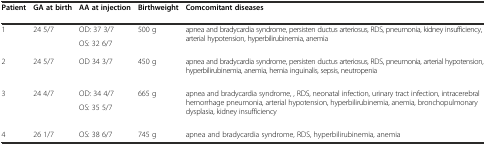
<table><thead><tr><td><b>Patient</b></td><td><b>GA at birth</b></td><td><b>AA at injection</b></td><td><b>Birthweight</b></td><td><b>Comcomitant diseases</b></td></tr></thead><tbody><tr><td rowspan="2">1</td><td rowspan="2">24 5/7</td><td>OD: 37 3/7</td><td rowspan="2">500 g</td><td rowspan="2">apnea and bradycardia syndrome, persisten ductus arteriosus, RDS, pneumonia, kidney insufficiency, arterial hypotension, hyperbilirubinemia, anemia</td></tr><tr><td>OS: 32 6/7</td></tr><tr><td>2</td><td>24 5/7</td><td>OD 34 3/7</td><td>450 g</td><td>apnea and bradycardia syndrome, persisten ductus arteriosus, RDS, pneumonia, arterial hypotension, hyperbilirubinemia, anemia, hernia inguinalis, sepsis, neutropenia</td></tr><tr><td rowspan="2">3</td><td rowspan="2">24 4/7</td><td>OD: 34 4/7</td><td rowspan="2">665 g</td><td rowspan="2">apnea and bradycardia syndrome, , RDS, neonatal infection, urinary tract infection, intracerebral hemorrhage pneumonia, arterial hypotension, hyperbilirubinemia, anemia, bronchopulmonary dysplasia, kidney insufficiency</td></tr><tr><td>OS: 35 5/7</td></tr><tr><td>4</td><td>26 1/7</td><td>OS: 38 6/7</td><td>745 g</td><td>apnea and bradycardia syndrome, RDS, hyperbilirubinemia, anemia</td></tr></tbody></table>